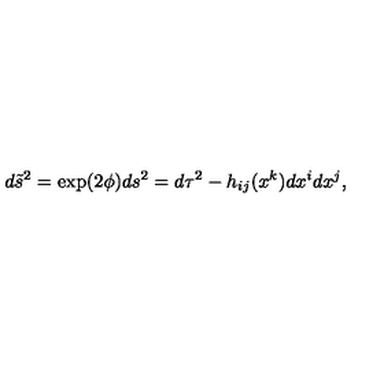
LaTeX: d \tilde { s } ^ { 2 } = \exp ( 2 \phi ) d s ^ { 2 } = d \tau ^ { 2 } - h _ { i j } ( x ^ { k } ) d x ^ { i } d x ^ { j } ,